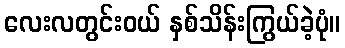
လေးလတွင်းဝယ် နှစ်သိန်းကြွယ်ခဲ့ပုံ။